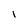
Character: l